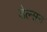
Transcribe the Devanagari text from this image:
डेल्सन